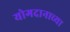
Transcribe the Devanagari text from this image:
योगदानाच्या